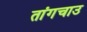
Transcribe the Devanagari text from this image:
तांगचाउ